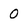
Character: O